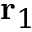
\mathbf { r } _ { 1 }